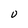
Character: v